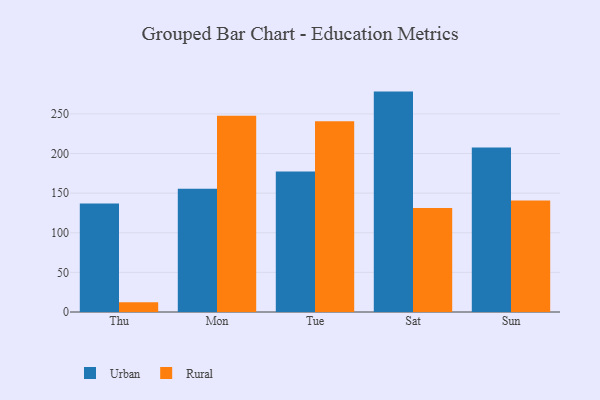
{"axis": {"x": "Day", "y": "Headcount"}, "legend": ["Rural", "Urban"], "data": [{"x": "Thu", "y": 137.1, "type": "Urban"}, {"x": "Thu", "y": 12.3, "type": "Rural"}, {"x": "Mon", "y": 155.7, "type": "Urban"}, {"x": "Mon", "y": 247.7, "type": "Rural"}, {"x": "Tue", "y": 177.4, "type": "Urban"}, {"x": "Tue", "y": 240.7, "type": "Rural"}, {"x": "Sat", "y": 278.2, "type": "Urban"}, {"x": "Sat", "y": 131.3, "type": "Rural"}, {"x": "Sun", "y": 207.6, "type": "Urban"}, {"x": "Sun", "y": 140.8, "type": "Rural"}]}